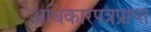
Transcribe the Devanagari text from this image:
अधिकारपत्रप्राप्त